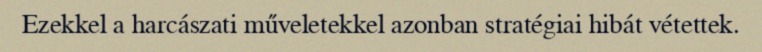
Ezekkel a harcászati műveletekkel azonban stratégiai hibát vétettek.